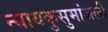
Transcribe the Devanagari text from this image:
न्यायकुसुमांजली